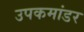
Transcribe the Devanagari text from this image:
उपकमांडर